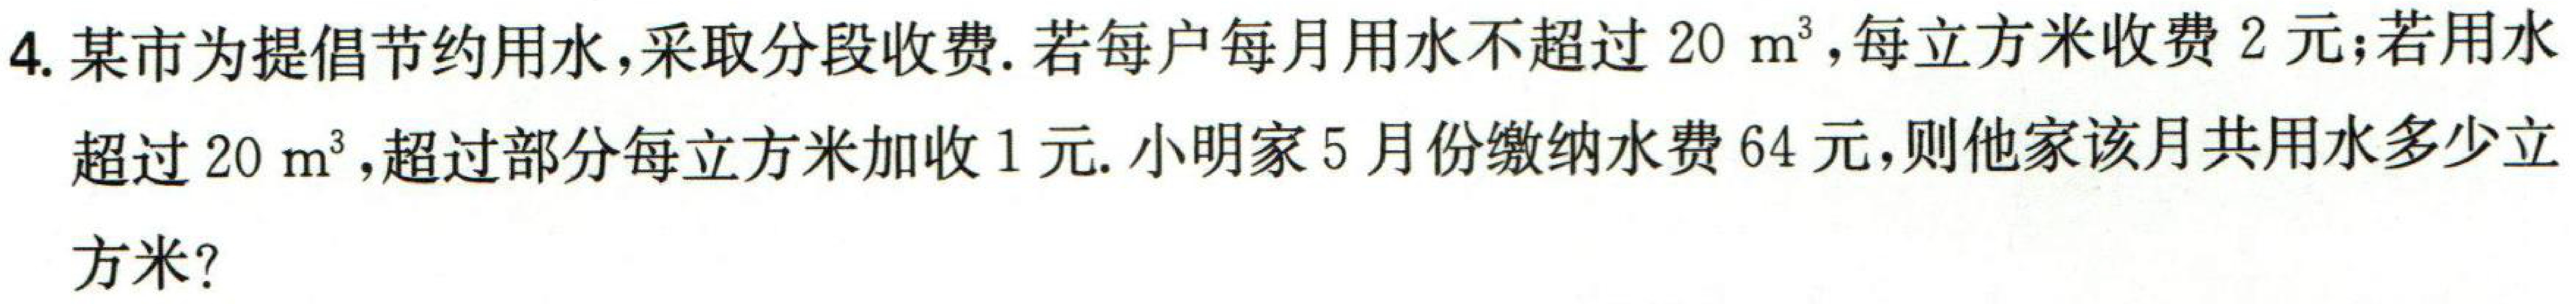
4. 某市为提倡节约用水，采取分段收费. 若每户每月用水不超过 \(20\ \mathrm{m}^3\)，每立方米收费 \(2\) 元；若用水
超过 \(20\ \mathrm{m}^3\)，超过部分每立方米加收 \(1\) 元. 小明家 \(5\) 月份缴纳水费 \(64\) 元，则他家该月共用水多少立
方米？